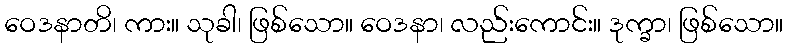
ဝေဒနာတိ၊ ကား။ သုခါ၊ ဖြစ်သော။ ဝေဒနာ၊ လည်းကောင်း။ ဒုက္ခာ၊ ဖြစ်သော။